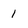
Character: l